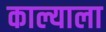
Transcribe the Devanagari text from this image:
काल्याला